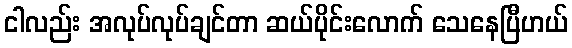
ငါလည်း အလုပ်လုပ်ချင်တာ ဆယ်ပိုင်းလောက် သေနေပြီဟယ်